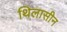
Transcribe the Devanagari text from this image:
थिलासीन